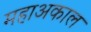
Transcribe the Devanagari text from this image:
महाअकाल